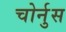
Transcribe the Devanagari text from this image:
चोर्नुस